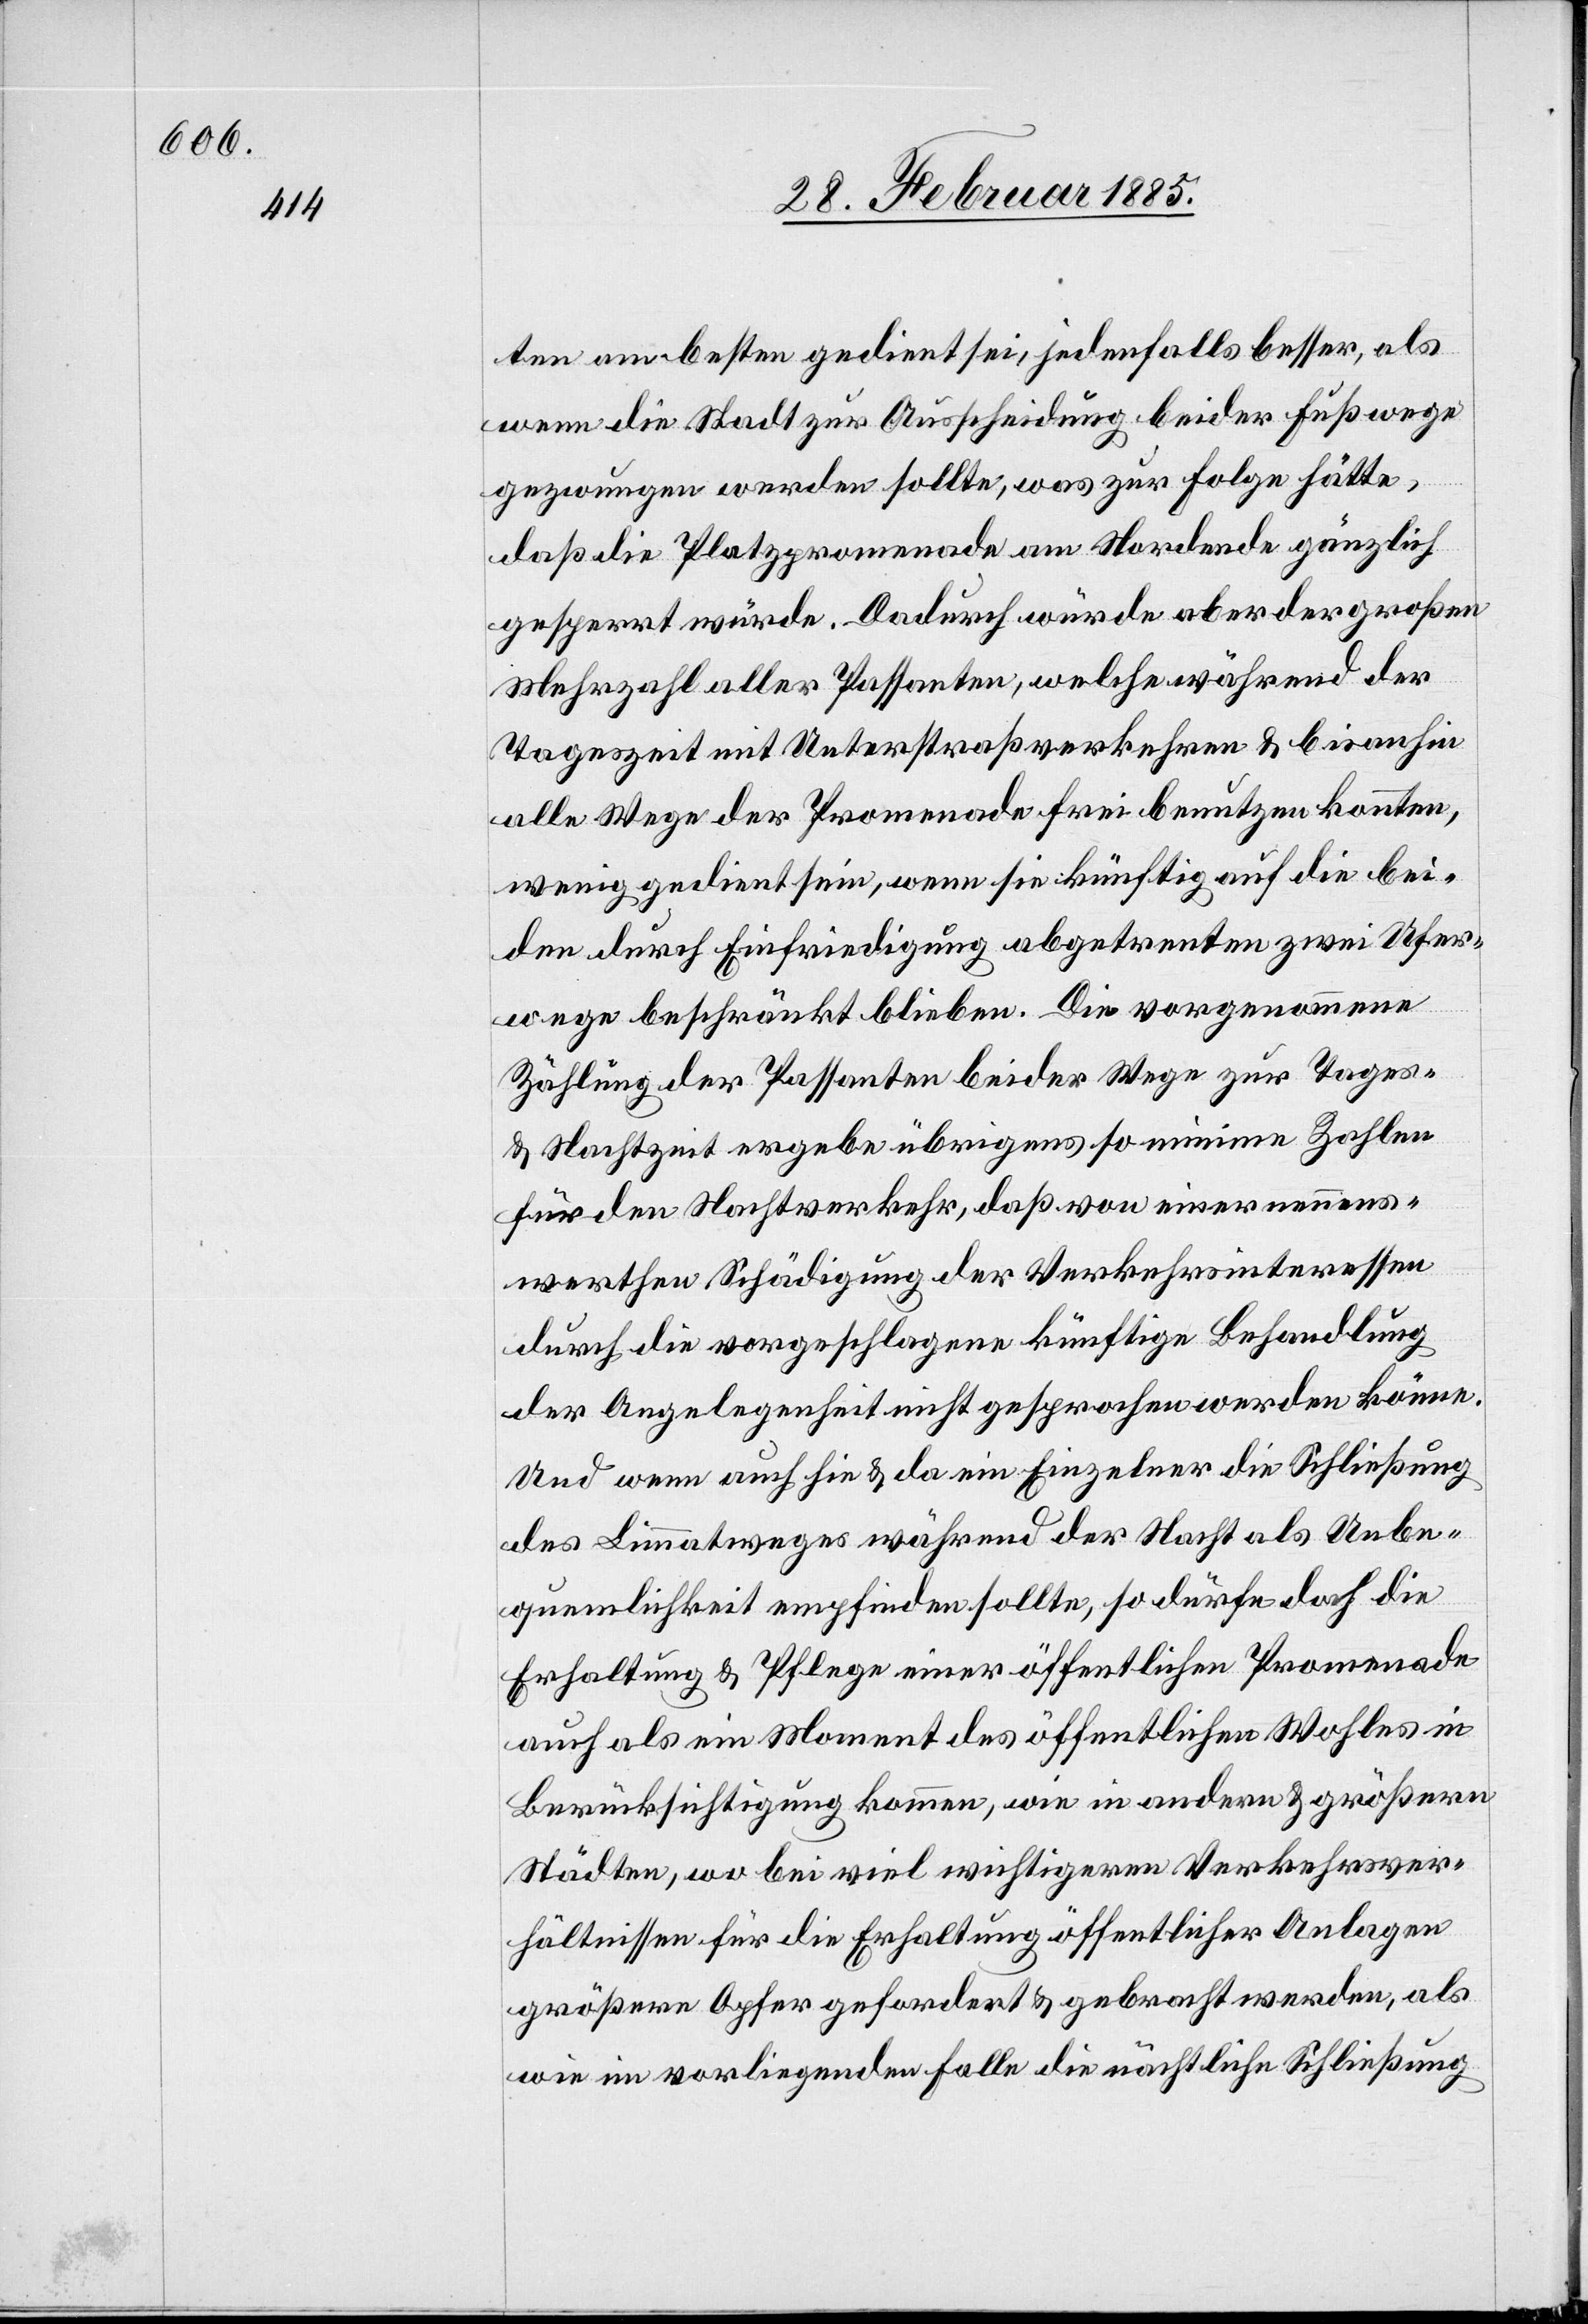
ten am besten gedient sei, jedenfalls besser, als
wenn die Stadt zur Ausscheidung beider Fußwege
gezwungen werden sollte, was zur Folge hätte,
daß die Platzpromenade am Nordende gänzlich
gesperrt würde. Dadurch würde aber der großen
Mehrzahl aller Passanten, welche während der
Tageszeit mit Unterstraß verkehren & bisahnin
alle Wege der Promenade frei benutzen könnten,
wenig gedient sein, wenn sie künftig auf die bei¬
den durch Einfriedung abgetrennten zwei Ufer¬
wege beschränkt bleiben. Die vorgenommene
Zählung der Passanten beider Wege zur Tages-
& Nachtzeit ergebe übrigens so minime Zahlen
für den Nachtverkehr, daß von einer nennens¬
werthen Schädigung der Verkehrsinteressen
durch die vorgeschlagene künftige Behandlung
der Angelegenheit nicht gesprochen werden könne.
Und wenn auch hie & da ein Einzelner die Schließung
des Limmatweges während der Nacht als Unbe¬
quemlichkeit empfinden sollte, so dürfte doch die
Erhaltung & Pflege einer öffentlichen Promenade
auch als ein Moment des öffentliches Wohles in
Berücksichtigung kommen, wie in andern & größern
Städten, wo bei viel wichtigeren Verkehrsver¬
hältnissen für die Erhaltung öffentlicher Anlagen
größere Opfer gefordert & gebracht werden, als
wie im vorliegenden Falle die nächtliche Schließung